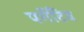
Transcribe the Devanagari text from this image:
पर्गेटिव